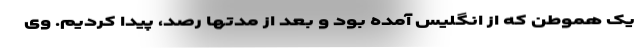
یک هموطن که از انگلیس آمده بود و بعد از مدتها رصد، پیدا کردیم. وی